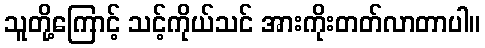
သူတို့ကြောင့် သင့်ကိုယ်သင် အားကိုးတတ်လာတာပါ။